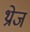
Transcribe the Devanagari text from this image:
थ्रोज